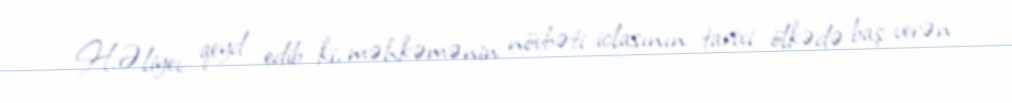
H.Əliyev qeyd edib ki, məhkəmənin növbəti iclasının tarixi ölkədə baş verən